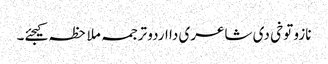
نازو توخی د‏‏ی شاعری دا اردو ترجمہ ملاحظہ کیجئے۔